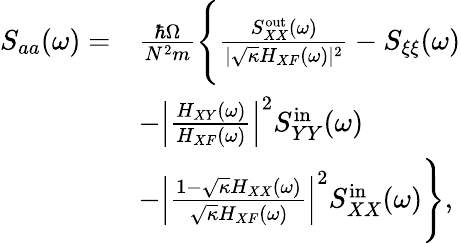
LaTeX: \begin{array}{rl}{S_{aa}(\omega)=}&{\frac{\hbar\Omega}{N^{2}m}\Bigg\{ \frac{S_{XX}^{\mathrm{out}}(\omega)}{|\sqrt{\kappa}H_{XF}(\omega)|^{2}}-S_{\xi\xi}(\omega)}\\ &{-\left|\frac{H_{XY}(\omega)}{H_{XF}(\omega)}\right|^{2}S_{YY}^{\mathrm{in}}(\omega)}\\ &{-\left|\frac{1-\sqrt{\kappa}H_{XX}(\omega)}{\sqrt{\kappa}H_{XF}(\omega)}\right|^{2}S_{XX}^{\mathrm{in}}(\omega)\Bigg\} ,}\end{array}